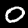
Label: 0